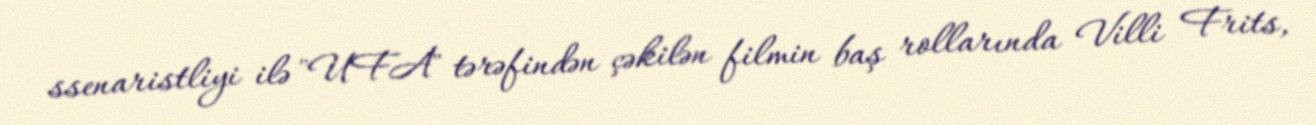
ssenaristliyi ilə "UFA" tərəfindən çəkilən filmin baş rollarında Villi Frits,